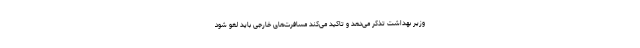
وزیر بهداشت تذکر می‌دهد و تاکید می‌کند مسافرت‌های خارجی باید لغو شود